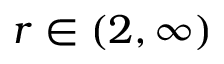
r \in ( 2 , \infty )